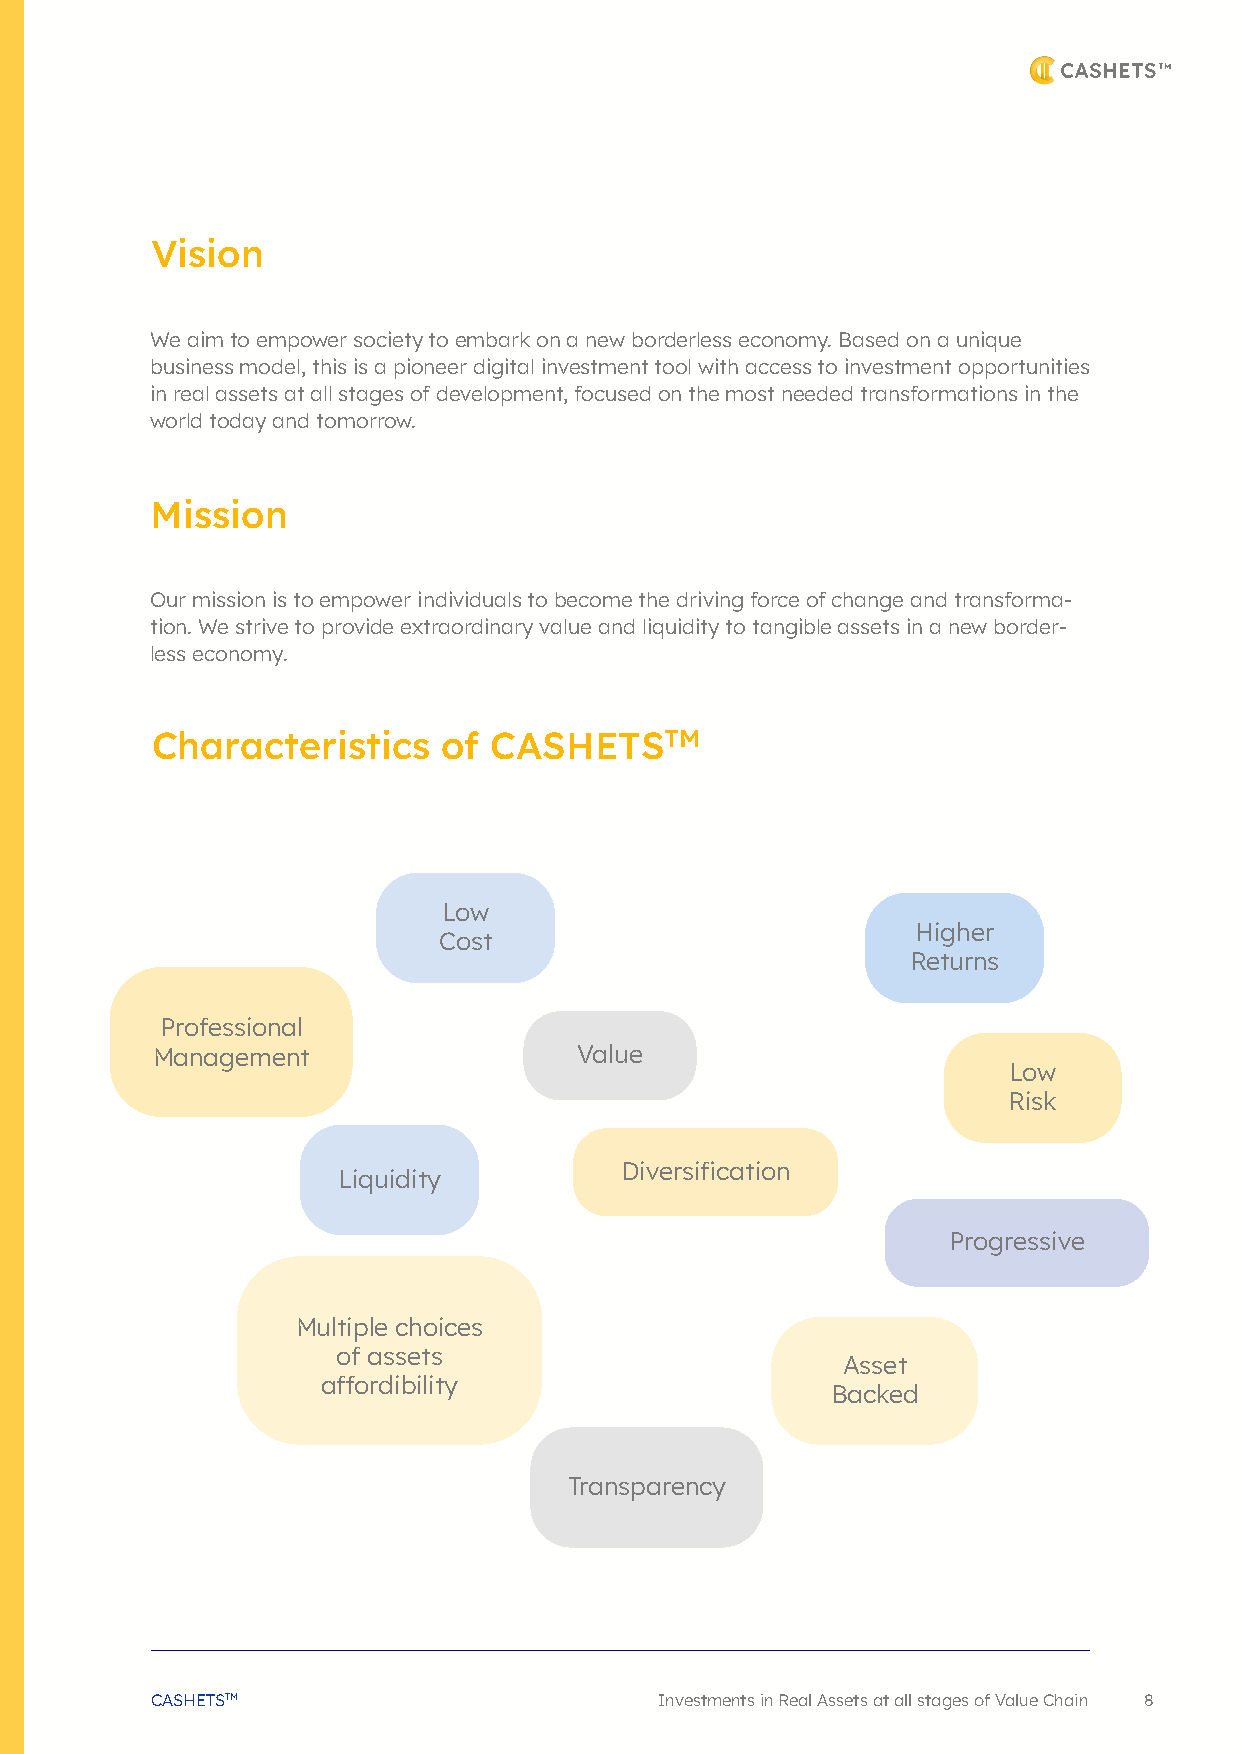
Vision
 We aim to empower society to embark on a new borderless economy. Based on a unique
 business model, this is a pioneer digital investment tool with access to investment opportunities
 in real assets at all stages of development, focused on the most needed transformations in the
 world today and tomorrow.
 Mission
 Our mission is to empower individuals to become the driving force of change and transforma-
 tion. We strive to provide extraordinary value and liquidity to tangible assets in a new border-
 less economy.
 Characteristics    of CASHETSTM
 Low
 Higher
 Cost
 Returns
 Professional
 Management                  Value
 Low
 Risk
 Diversification
 Liquidity
 Progressive
 Multiple choices
 of assets
 Asset
 affordibility
 Backed
 Transparency
 CASHETSTM                         Investments in Real Assets at all stages of Value Chain 8